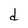
Character: d